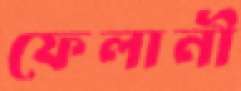
ফেলানী